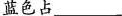
蓝色占___